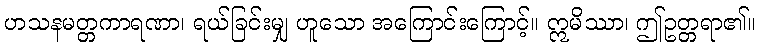
ဟသနမတ္တကာရဏာ၊ ရယ်ခြင်းမျှ ဟူသော အကြောင်းကြောင့်။ ဣမိဿာ၊ ဤဥတ္တရာ၏။